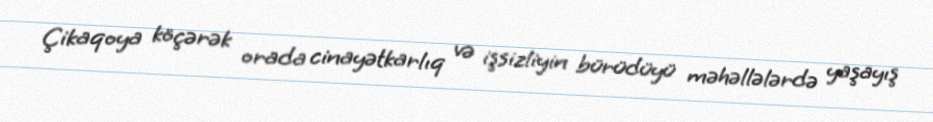
Çikaqoya köçərək orada cinayətkarlıq və işsizliyin bürüdüyü məhəllələrdə yaşayış